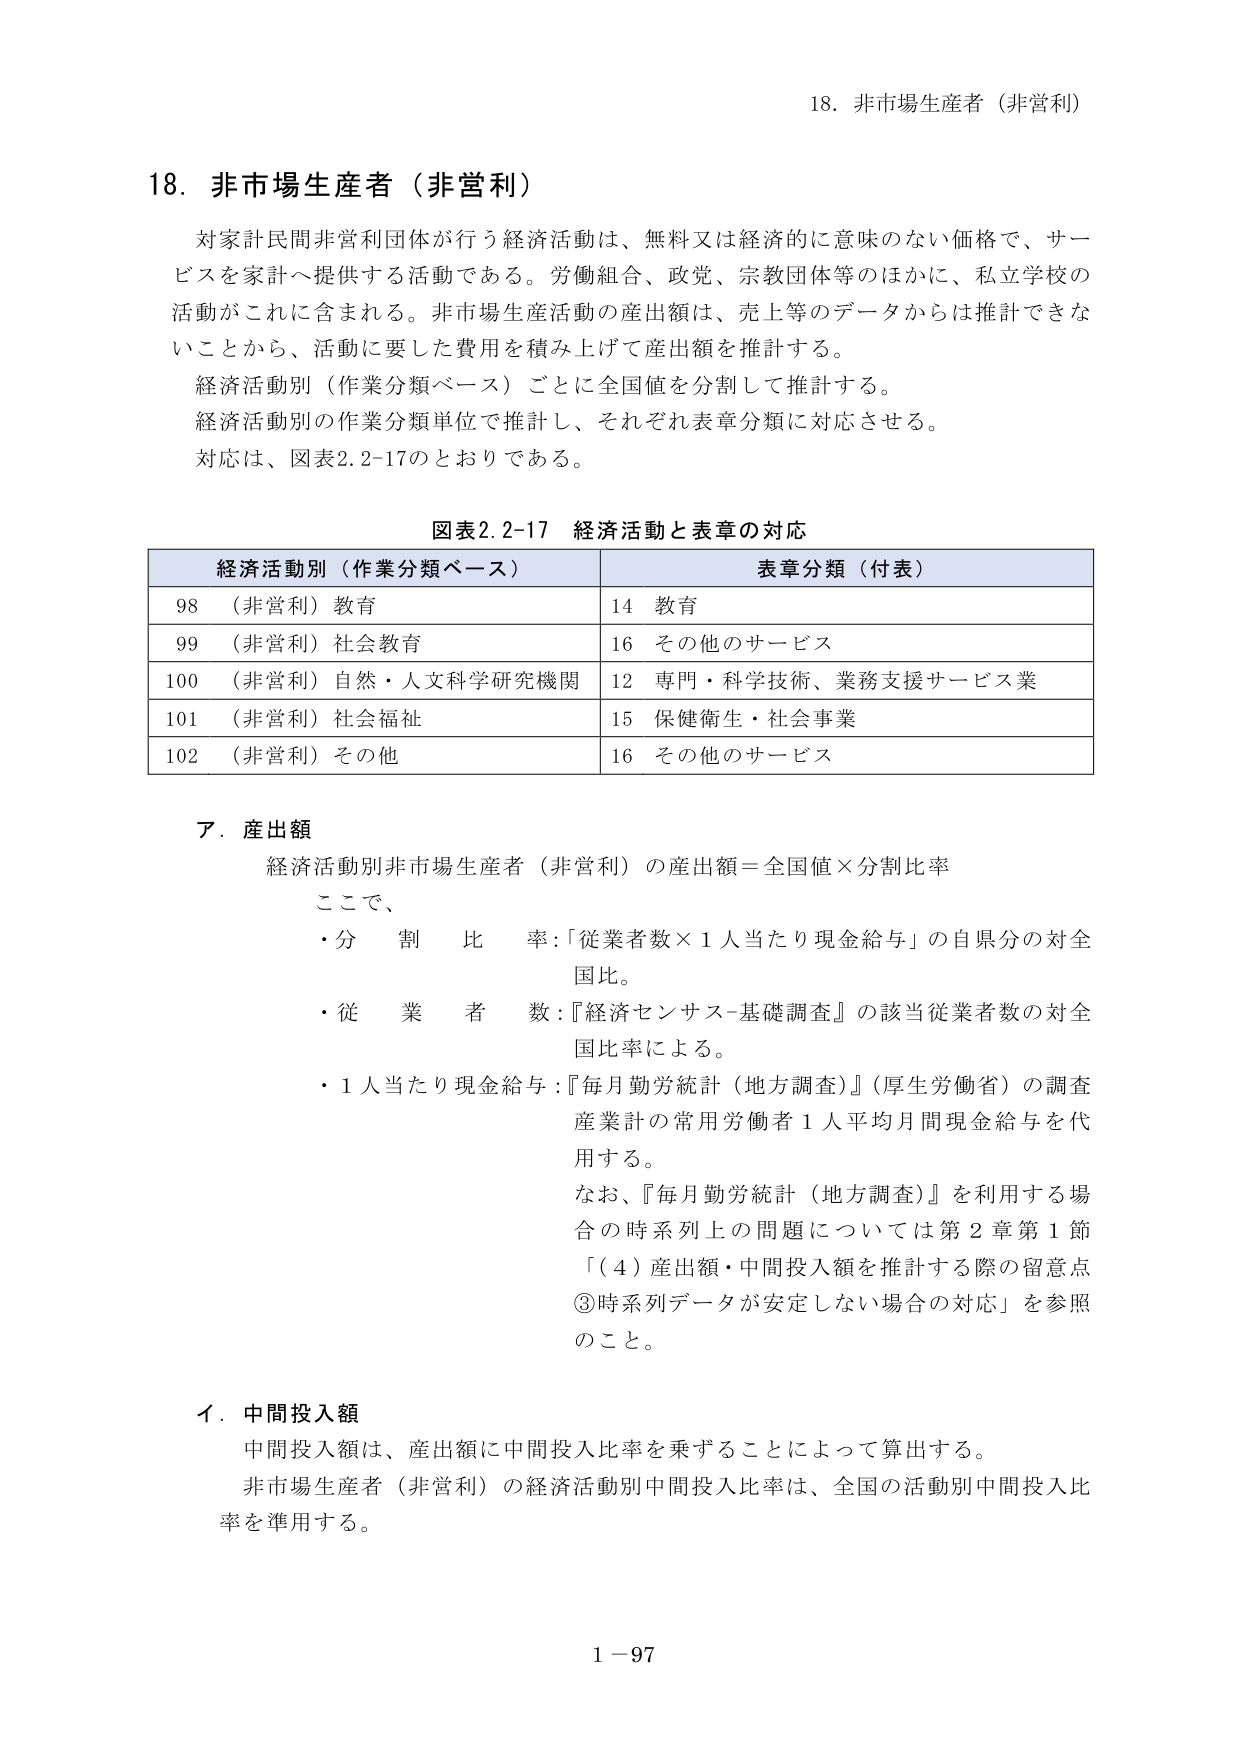
18. 非市場生産者（非営利）

対家計民間非営利団体が行う経済活動は、無料又は経済的に意味のない価格で、サービスを家計へ提供する活動である。労働組合、政党、宗教団体等のほかに、私立学校の活動がこれに含まれる。非市場生産活動の産出額は、売上等のデータからは推計できないことから、活動に要した費用を積み上げて産出額を推計する。

経済活動別（作業分類ベース）ごとに全国値を分割して推計する。

経済活動別の作業分類単位で推計し、それぞれ表章分類に対応させる。

対応は、図表2.2-17のとおりである。

図表2.2-17 経済活動と表章の対応

| 経済活動別（作業分類ベース） | 表章分類（付表） |
|------------------------------|------------------|
| 98 （非営利）教育            | 14 教育          |
| 99 （非営利）社会教育        | 16 その他のサービス |
| 100 （非営利）自然・人文科学研究院 | 12 専門・科学技術、業務支援サービス業 |
| 101 （非営利）社会福祉       | 15 保健衛生・社会事業 |
| 102 （非営利）その他         | 16 その他のサービス |

ア．産出額

経済活動別非市場生産者（非営利）の産出額＝全国値×分割比率

ここで、

・分割比率：「従業者数×1人当たり現金給与」の自県分の対全国比。

・従業者数：『経済センサス-基礎調査』の該当従業者数の対全国比率による。

・1人当たり現金給与：『毎月勤労統計（地方調査）』（厚生労働省）の調査産業計の常用労働者1人平均月間現金給与を代用する。

なお、『毎月勤労統計（地方調査）』を利用する場合の時系列上の問題については第2章第1節「（4）産出額・中間投入額を推計する際の留意点③時系列データが安定しない場合の対応」を参照のこと。

イ．中間投入額

中間投入額は、産出額に中間投入比率を乗ずることによって算出する。

非市場生産者（非営利）の経済活動別中間投入比率は、全国の活動別中間投入比率を準用する。

1－97